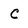
Character: C